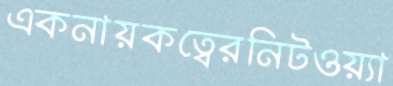
একনায়কত্বেরনিটওয়্যা